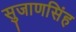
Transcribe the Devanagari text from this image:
सुजाणसिंह